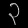
Digit: ၃